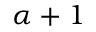
\alpha + 1